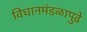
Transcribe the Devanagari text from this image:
विधानमंडळापुढे